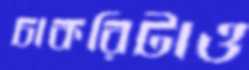
চাকরিটাও